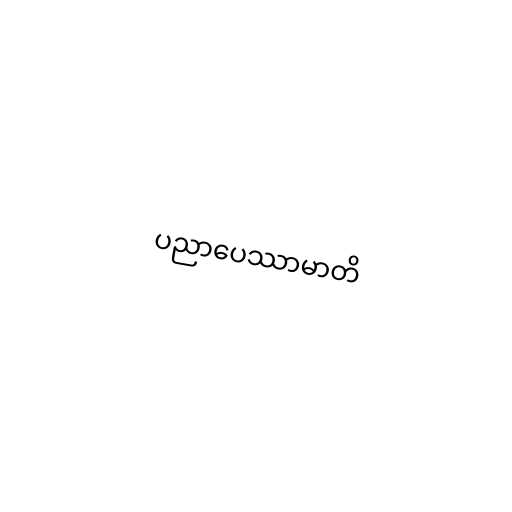
ပညာပေဿာမာတိ